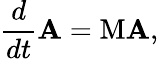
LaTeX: \frac{d}{dt}\mathbf{A}=\mathrm{M}\mathbf{A},